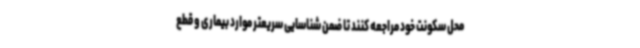
محل سکونت خود مراجعه کنند تا ضمن شناسایی سریعتر موارد بیماری و قطع